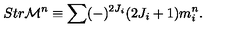
S t r { \cal M } ^ { n } \equiv \sum ( - ) ^ { 2 J _ { i } } ( 2 J _ { i } + 1 ) m _ { i } ^ { n } .